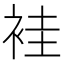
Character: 袿